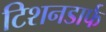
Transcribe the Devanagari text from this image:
टिशनडार्फ